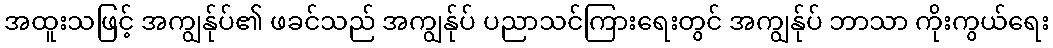
အထူးသဖြင့် အကျွန်ုပ်၏ ဖခင်သည် အကျွန်ုပ် ပညာသင်ကြားရေးတွင် အကျွန်ုပ် ဘာသာ ကိုးကွယ်ရေး